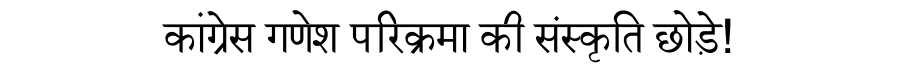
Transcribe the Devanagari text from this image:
कांग्रेस गणेश परिक्रमा की संस्कृति छोड़े!